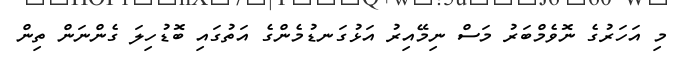
މި އަހަރުގެ ނޮވެމްބަރު މަސް ނިމޭއިރު އަޅުގަނޑުމެންގެ އަތުގައި ބޮޑުހިލަ ގެންނަން ތިން